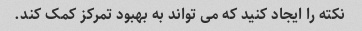
نکته را ایجاد کنید که می تواند به بهبود تمرکز کمک کند.